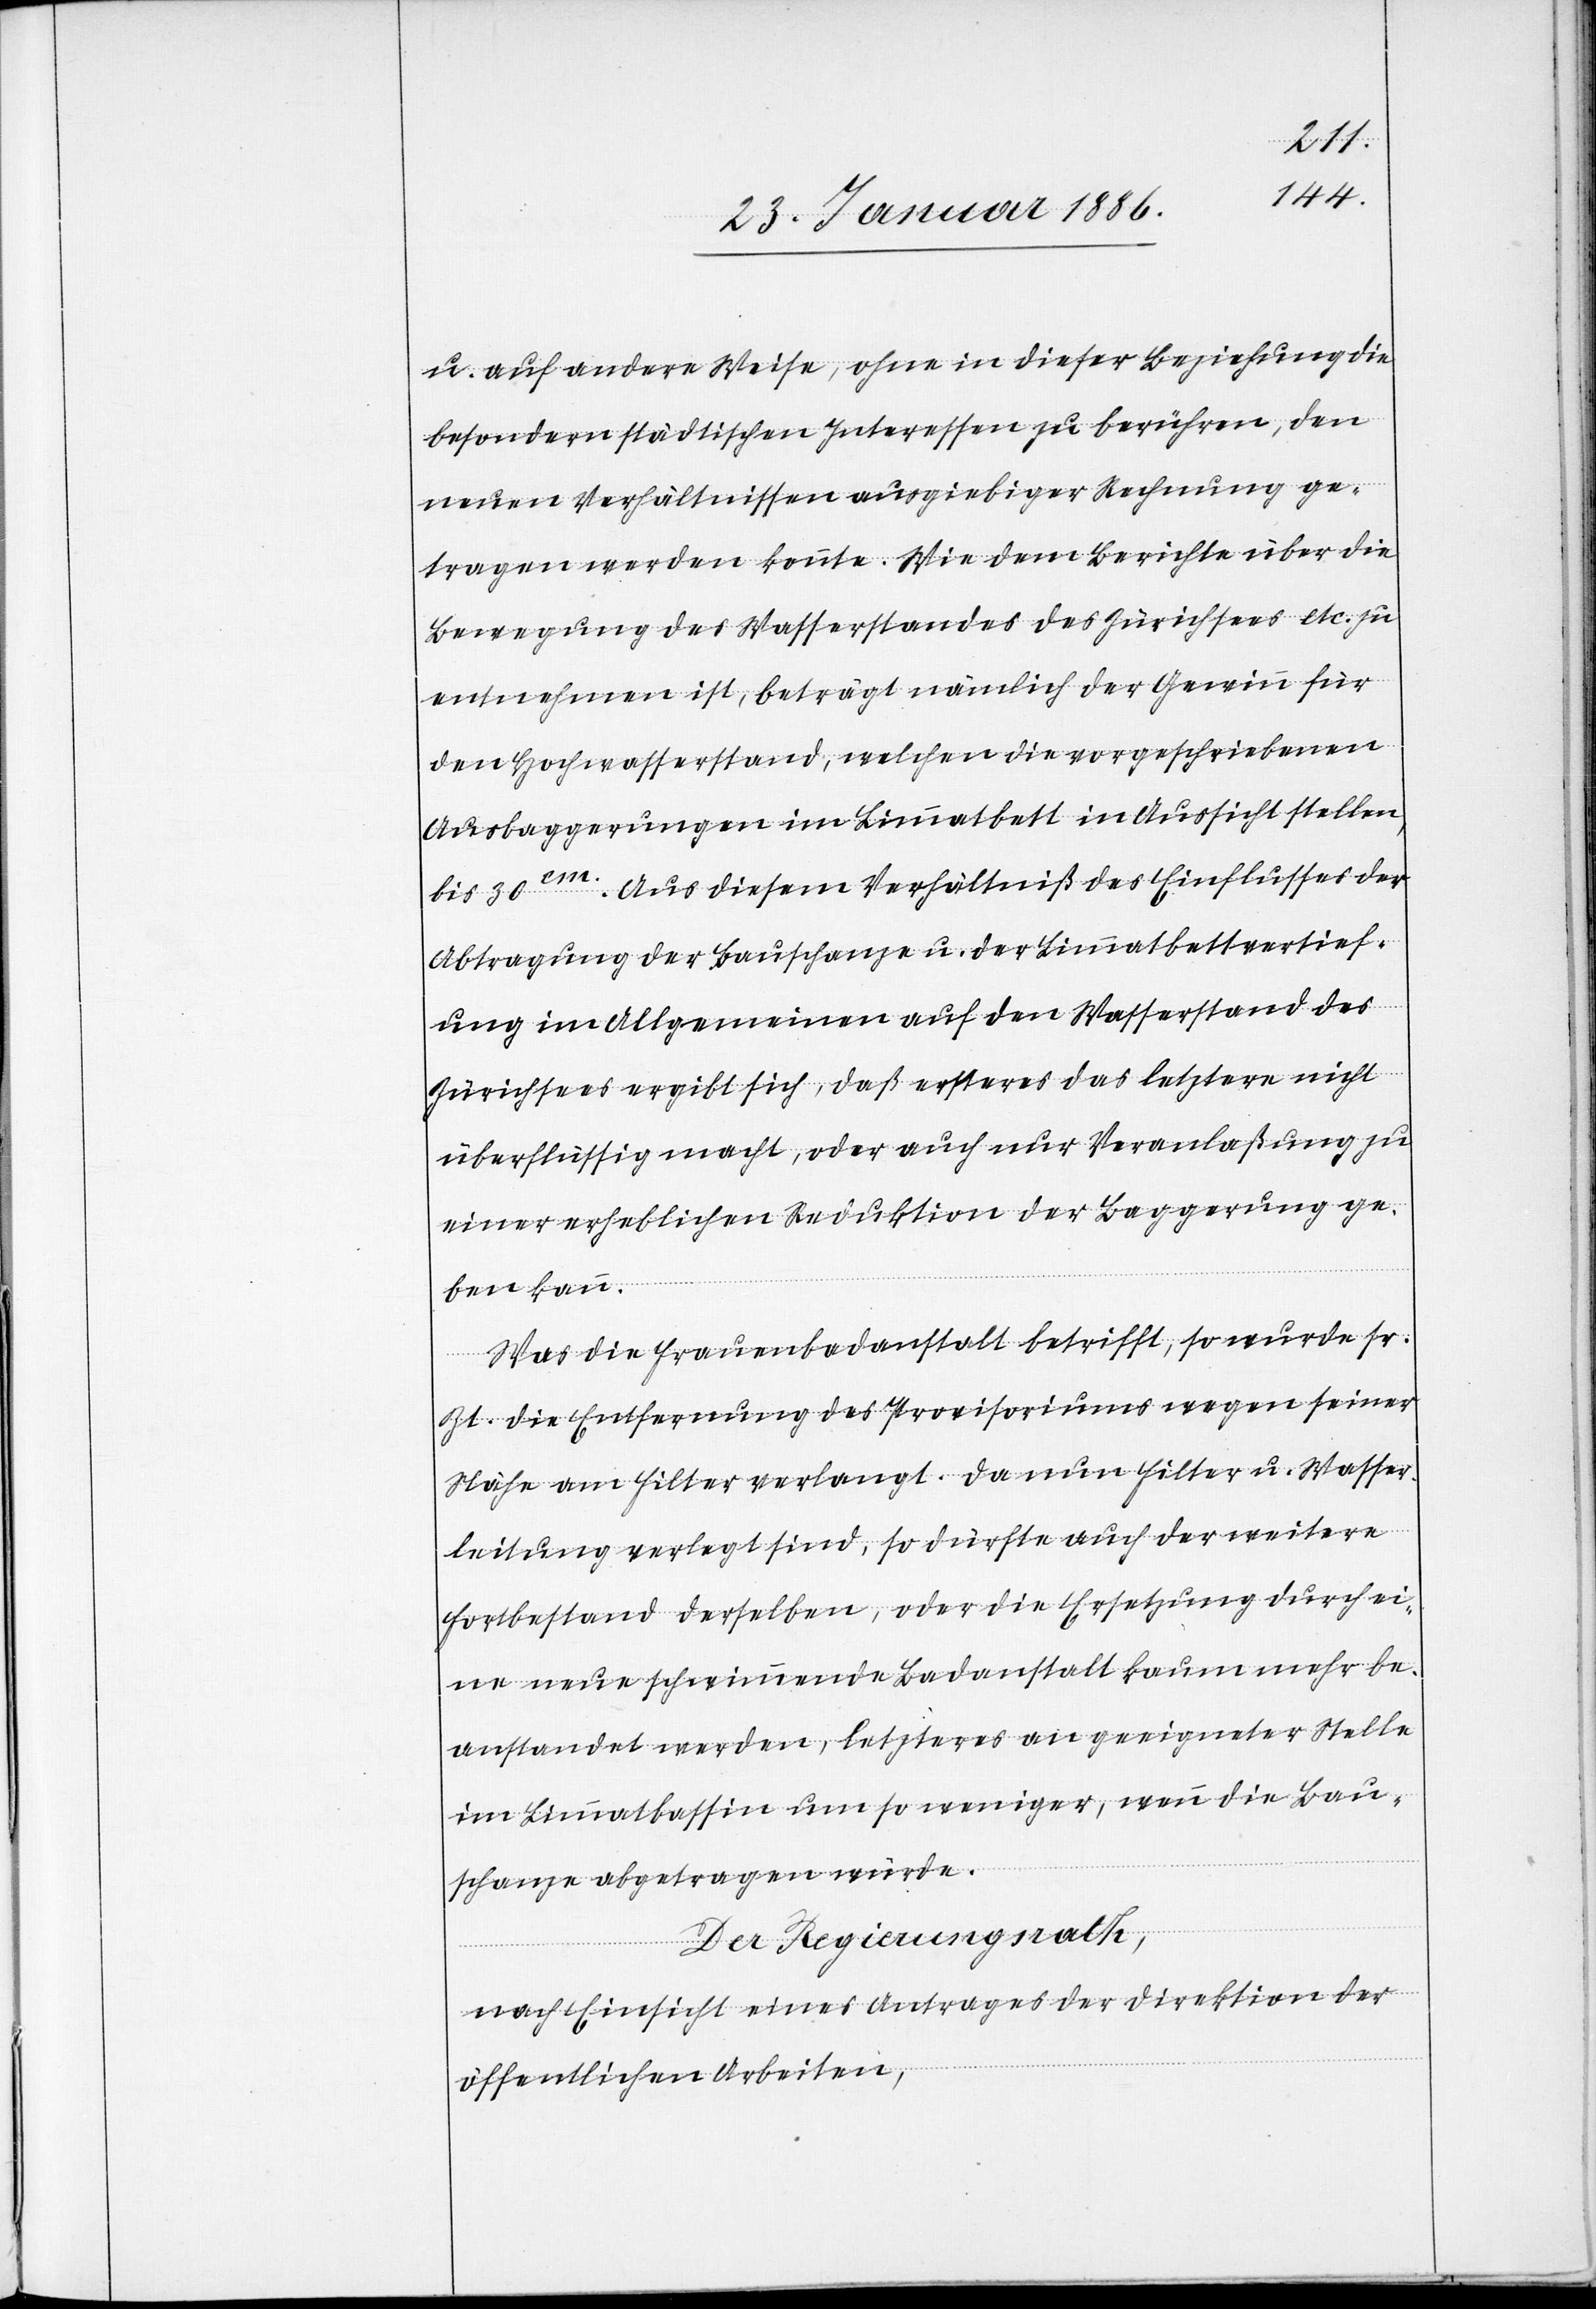
u. auf andere Weise, ohne in dieser Beziehung die
besondere städtischen Interessen zu berühren, den
neuen Verhältnissen ausgiebiger Rechnung ge¬
tragen werden konnte. Wie dem Berichte über die
Bewegung des Wasserstandes des Zürichsees etc. zu
entnehmen ist, beträgt nämlich der Gewinn für
den Hochwasserstand, welchen die vorgeschriebenen
Ausbaggerungen im Limmatbett in Aussicht stellen,
bis 30cm. Aus diesem Verhältniß des Einflusses der
Abtragung der Bauschanze u. der Limmatbettvertief¬
ung im Allgemeinen an den Wasserstand des
Zürichsees ergibt sich, daß ersteres das letztere nicht
überflüssig macht, oder auch nur Veranlaßung zu
einer erheblichen Reduktion der Baggerung ge¬
ben kann.
Was die Frauenbadanstalt betrifft, so wurde sr.
Zt. die Entfernung des Provisoriums wegen seiner
Nähe am Filter verlangt. Da nun Filter u. Wasser¬
leitung verlegt sind, so dürfte auch der weitere
Fortbestand derselben, oder die Ersetzung durch ei¬
ne neue schwimmende Badanstalt kaum mehr be¬
anstandet werden, letzters an geeigneter Stelle
im Limmatbassin um so weniger, wenn die Bau¬
schanze abgetragen würde.
Der Regierungsrath,
nach Einsicht eines Antrages der Direktion der
öffentlichen Arbeiten,